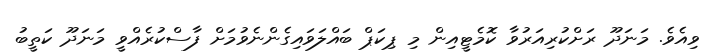
ވިއެވެ. މަނަދޫ ރަށްކުރިއަރުވާ ކޮމެޓީއިން މި ޕިކަޕް ބައްލަވައިގެންނެވުމަށް ފާސްކުރެއްވީ މަނަދޫ ކަތީބު